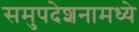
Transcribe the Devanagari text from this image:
समुपदेशनामध्ये